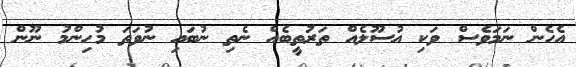
އެހެން ނަމަވެސް ވަކި އުސޫލެއް ތަރުތީބެއް ނެތި ނުބައި ނުވަތަ މުހިންމު ނޫން